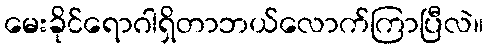
မေးခိုင်ရောဂါရှိတာဘယ်လောက်ကြာပြီလဲ။